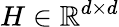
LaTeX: H\in\mathbb{R}^{d\times d}